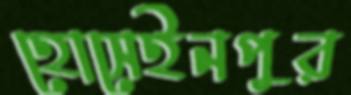
হোসেইনপুর